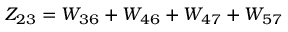
Z _ { 2 3 } = W _ { 3 6 } + W _ { 4 6 } + W _ { 4 7 } + W _ { 5 7 }